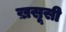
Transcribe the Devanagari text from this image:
ख़सूसी